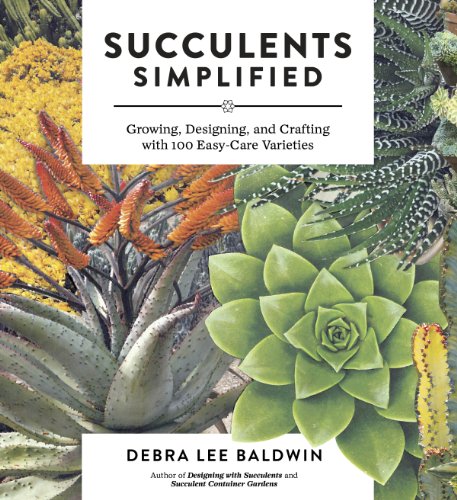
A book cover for Succulents Simplified: Growing, Designing, and Crafting with 100 Easy-Care Varieties; Debra  Lee Baldwin; Crafts, Hobbies & Home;